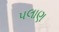
પલાણ